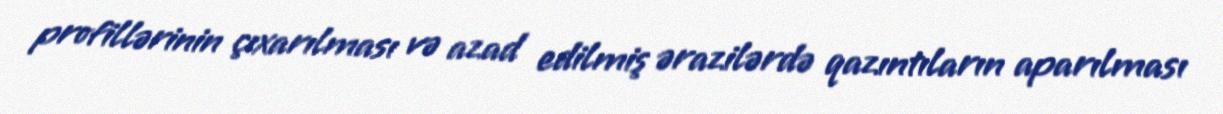
profillərinin çıxarılması və azad edilmiş ərazilərdə qazıntıların aparılması